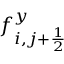
f _ { i , j + \frac { 1 } { 2 } } ^ { y }